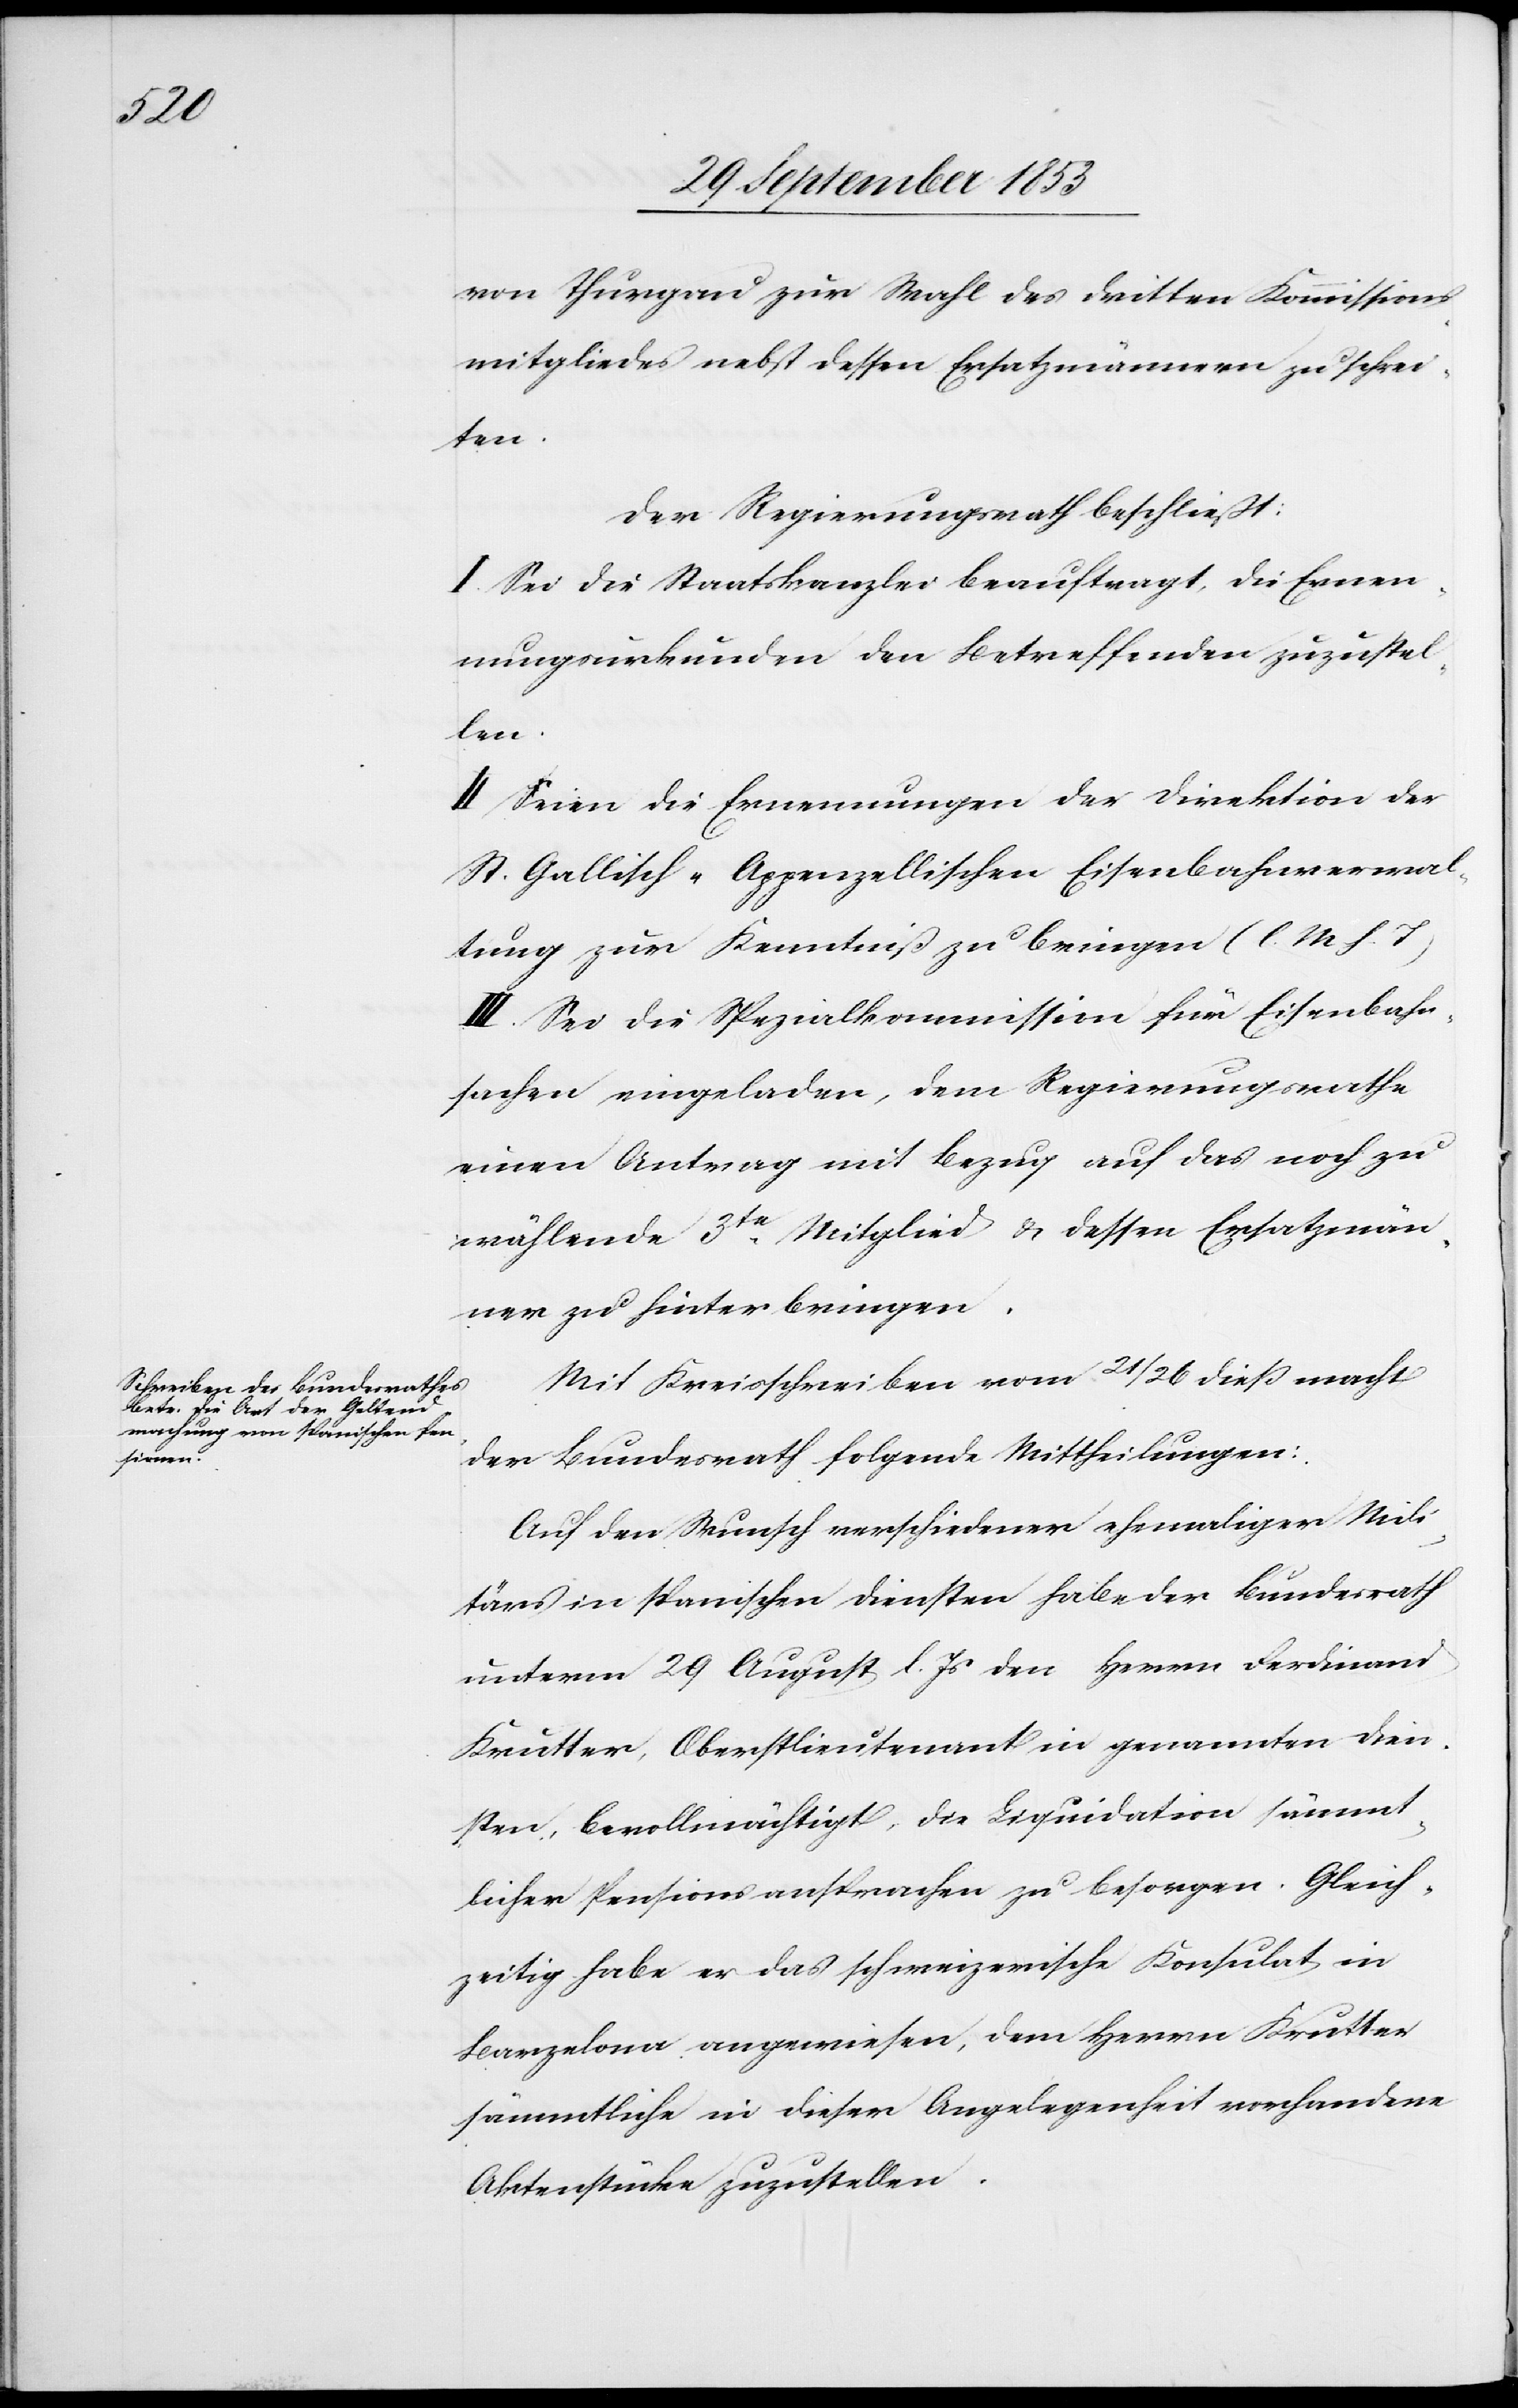
von Thurgau zur Wahl des dritten Kommissions¬
mitgliedes nebst dessen Ersatzmännern zu schrei¬
ten.
Der Regierungsrath beschließt:
I. Sei die Staatskanzlei beauftragt, die Ernen¬
nungsurkunden den Betreffenden zuzustel¬
len.
II. Seien die Ernennungen der Direktion der
St. Gallisch-Appenzellischen Eisenbahnverwal¬
tung zur Kenntniß zu bringen [l. M. h. T]
III. Sei die Spezialkommission für Eisenbahn¬
sachen eingeladen, dem Regierungsrathe
einen Antrag mit Bezug auf das noch zu
wählende 3te Mitglied u. dessen Ersatzmän¬
ner zu hinterbringen.
Mit Kreisschreiben vom 21/26 dieß macht
der Bundesrath folgende Mittheilungen:
Auf den Wunsch verschiedener ehemaliger Mili¬
tärs in spanischen Diensten habe der Bundesrath
unterm 29 August l. Js. den Herrn Ferdinand
Krutter, Oberstlieutnant in genannten Dien¬
sten, bevollmächtigt, die Liquidation sämmt¬
licher Pensionsansprachen zu besorgen. Gleich¬
zeitig habe er das schweizerische Konsulat in
Barzelona angewiesen, dem Herrn Krutter
sämmtliche in dieser Angelegenheit vorhandene
Aktenstücke zuzustellen.